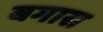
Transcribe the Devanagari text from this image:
बगास